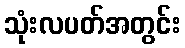
သုံးလပတ်အတွင်း